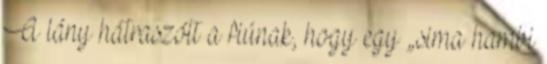
A lány hátraszólt a fiúnak, hogy egy „sima hambi